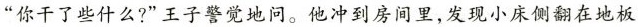
”你干了些什么?”王子警觉地问。他冲到房间里，发现小床侧翻在地板